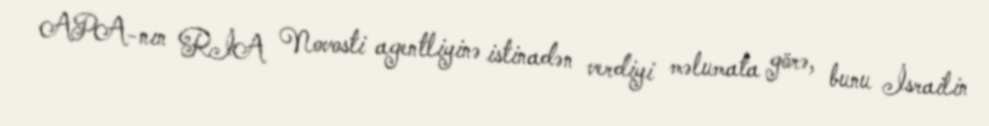
APA-nın RİA Novosti agentliyinə istinadən verdiyi məlumata görə, bunu İsrailin